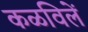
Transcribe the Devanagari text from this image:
कळविलें